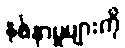
နစ်နာမှုများကို